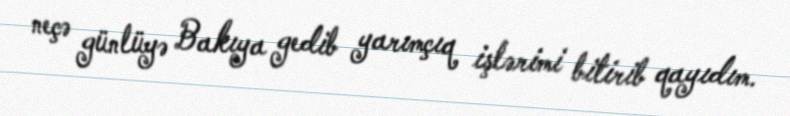
neçə günlüyə Bakıya gedib yarımçıq işlərimi bitirib qayıdım.